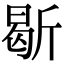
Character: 𣂰